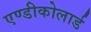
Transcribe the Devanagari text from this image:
एण्डीकोलार्ड